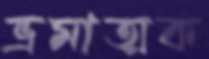
ভ্রমাত্মক